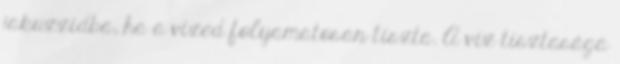
jakuzzidba, ha a vized folyamatosan tiszta. A víz tisztasága